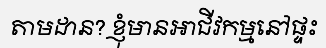
តាមដាន? ខ្ញុំមានអាជីវកម្មនៅផ្ទះ